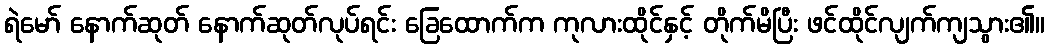
ရဲမော် နောက်ဆုတ် နောက်ဆုတ်လုပ်ရင်း ခြေထောက်က ကုလားထိုင်နှင့် တိုက်မိပြီး ဖင်ထိုင်လျက်ကျသွား၏။